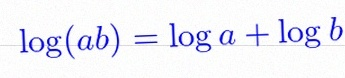
\log(ab)=\log a+\log b